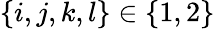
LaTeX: \{ i,j,k,l\} \in\{ 1,2\}